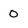
Character: 0